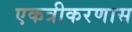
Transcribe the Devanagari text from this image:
एकत्रीकरणास